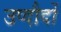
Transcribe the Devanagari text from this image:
उप्दौदों